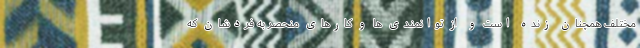
مختلف همچنان زنده است و از توانمندی ها و کارهای منحصر به فردشان که